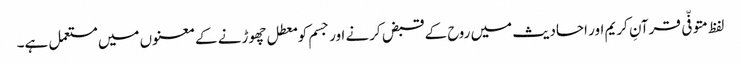
لفظ متوفّی قرآنِ کریم اور احادیث میں روح کے قبض کرنے اور جسم کو معطل چھوڑنے کے معنوں میں مستعمل ہے۔